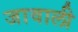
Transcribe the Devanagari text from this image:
जावाली